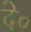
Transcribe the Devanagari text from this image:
दे०